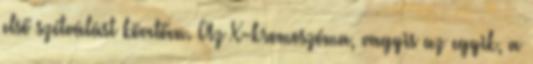
első szétválást követően. Az X-kromoszóma, vagyis az egyik, a